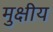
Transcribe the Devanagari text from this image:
मुक्षीय